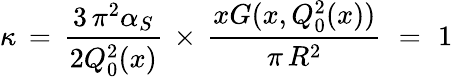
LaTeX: \kappa\, =\, \frac{3\, \pi^{2}\alpha_{S}}{2Q_{0}^{2}(x)}\, \times\, \frac{xG(x,Q_{0}^{2}(x))}{\pi\, R^{2}}\, \, =\, \, 1